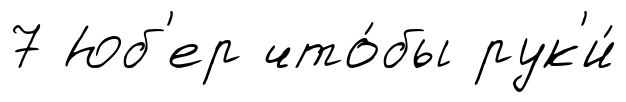
7 Юб'ер что́бы рук'и́